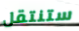
ستنتقل